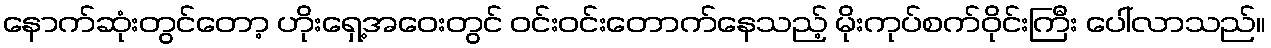
နောက်ဆုံးတွင်တော့ ဟိုးရှေ့အဝေးတွင် ဝင်းဝင်းတောက်နေသည့် မိုးကုပ်စက်ဝိုင်းကြီး ပေါ်လာသည်။